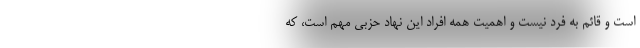
است و قائم به فرد نیست و اهمیت همه افراد این نهاد حزبی مهم است، که